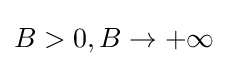
B>0,B\to +\infty